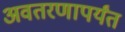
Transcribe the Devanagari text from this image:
अवतरणापर्यंत